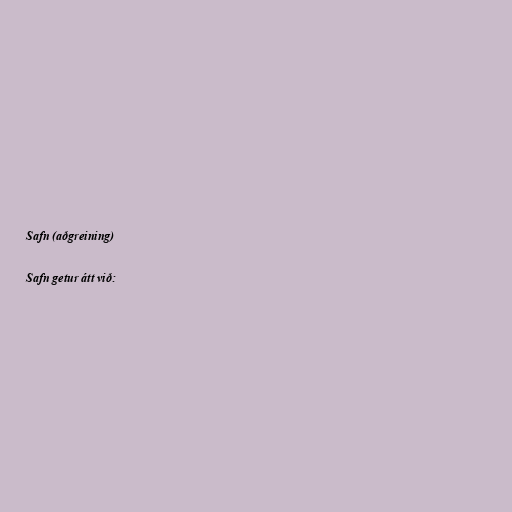
Safn (aðgreining)

Safn getur átt við: